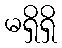
မရှိရှိ